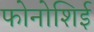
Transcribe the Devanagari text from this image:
फोनोशिई